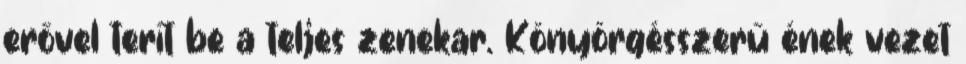
erővel terít be a teljes zenekar. Könyörgésszerű ének vezet